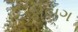
ડીબગ